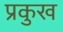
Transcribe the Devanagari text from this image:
प्रकुख